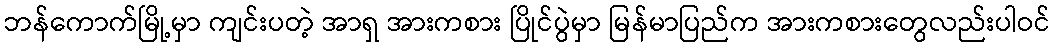
ဘန်ကောက်မြို့မှာ ကျင်းပတဲ့ အာရှ အားကစား ပြိုင်ပွဲမှာ မြန်မာပြည်က အားကစားတွေလည်းပါဝင်